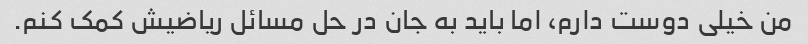
من خیلی دوست دارم، اما باید به جان در حل مسائل ریاضیش کمک کنم.